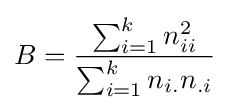
B={\frac {\sum _{i=1}^{k}n_{ii}^{2}}{\sum _{i=1}^{k}n_{i.}n_{.i}}}